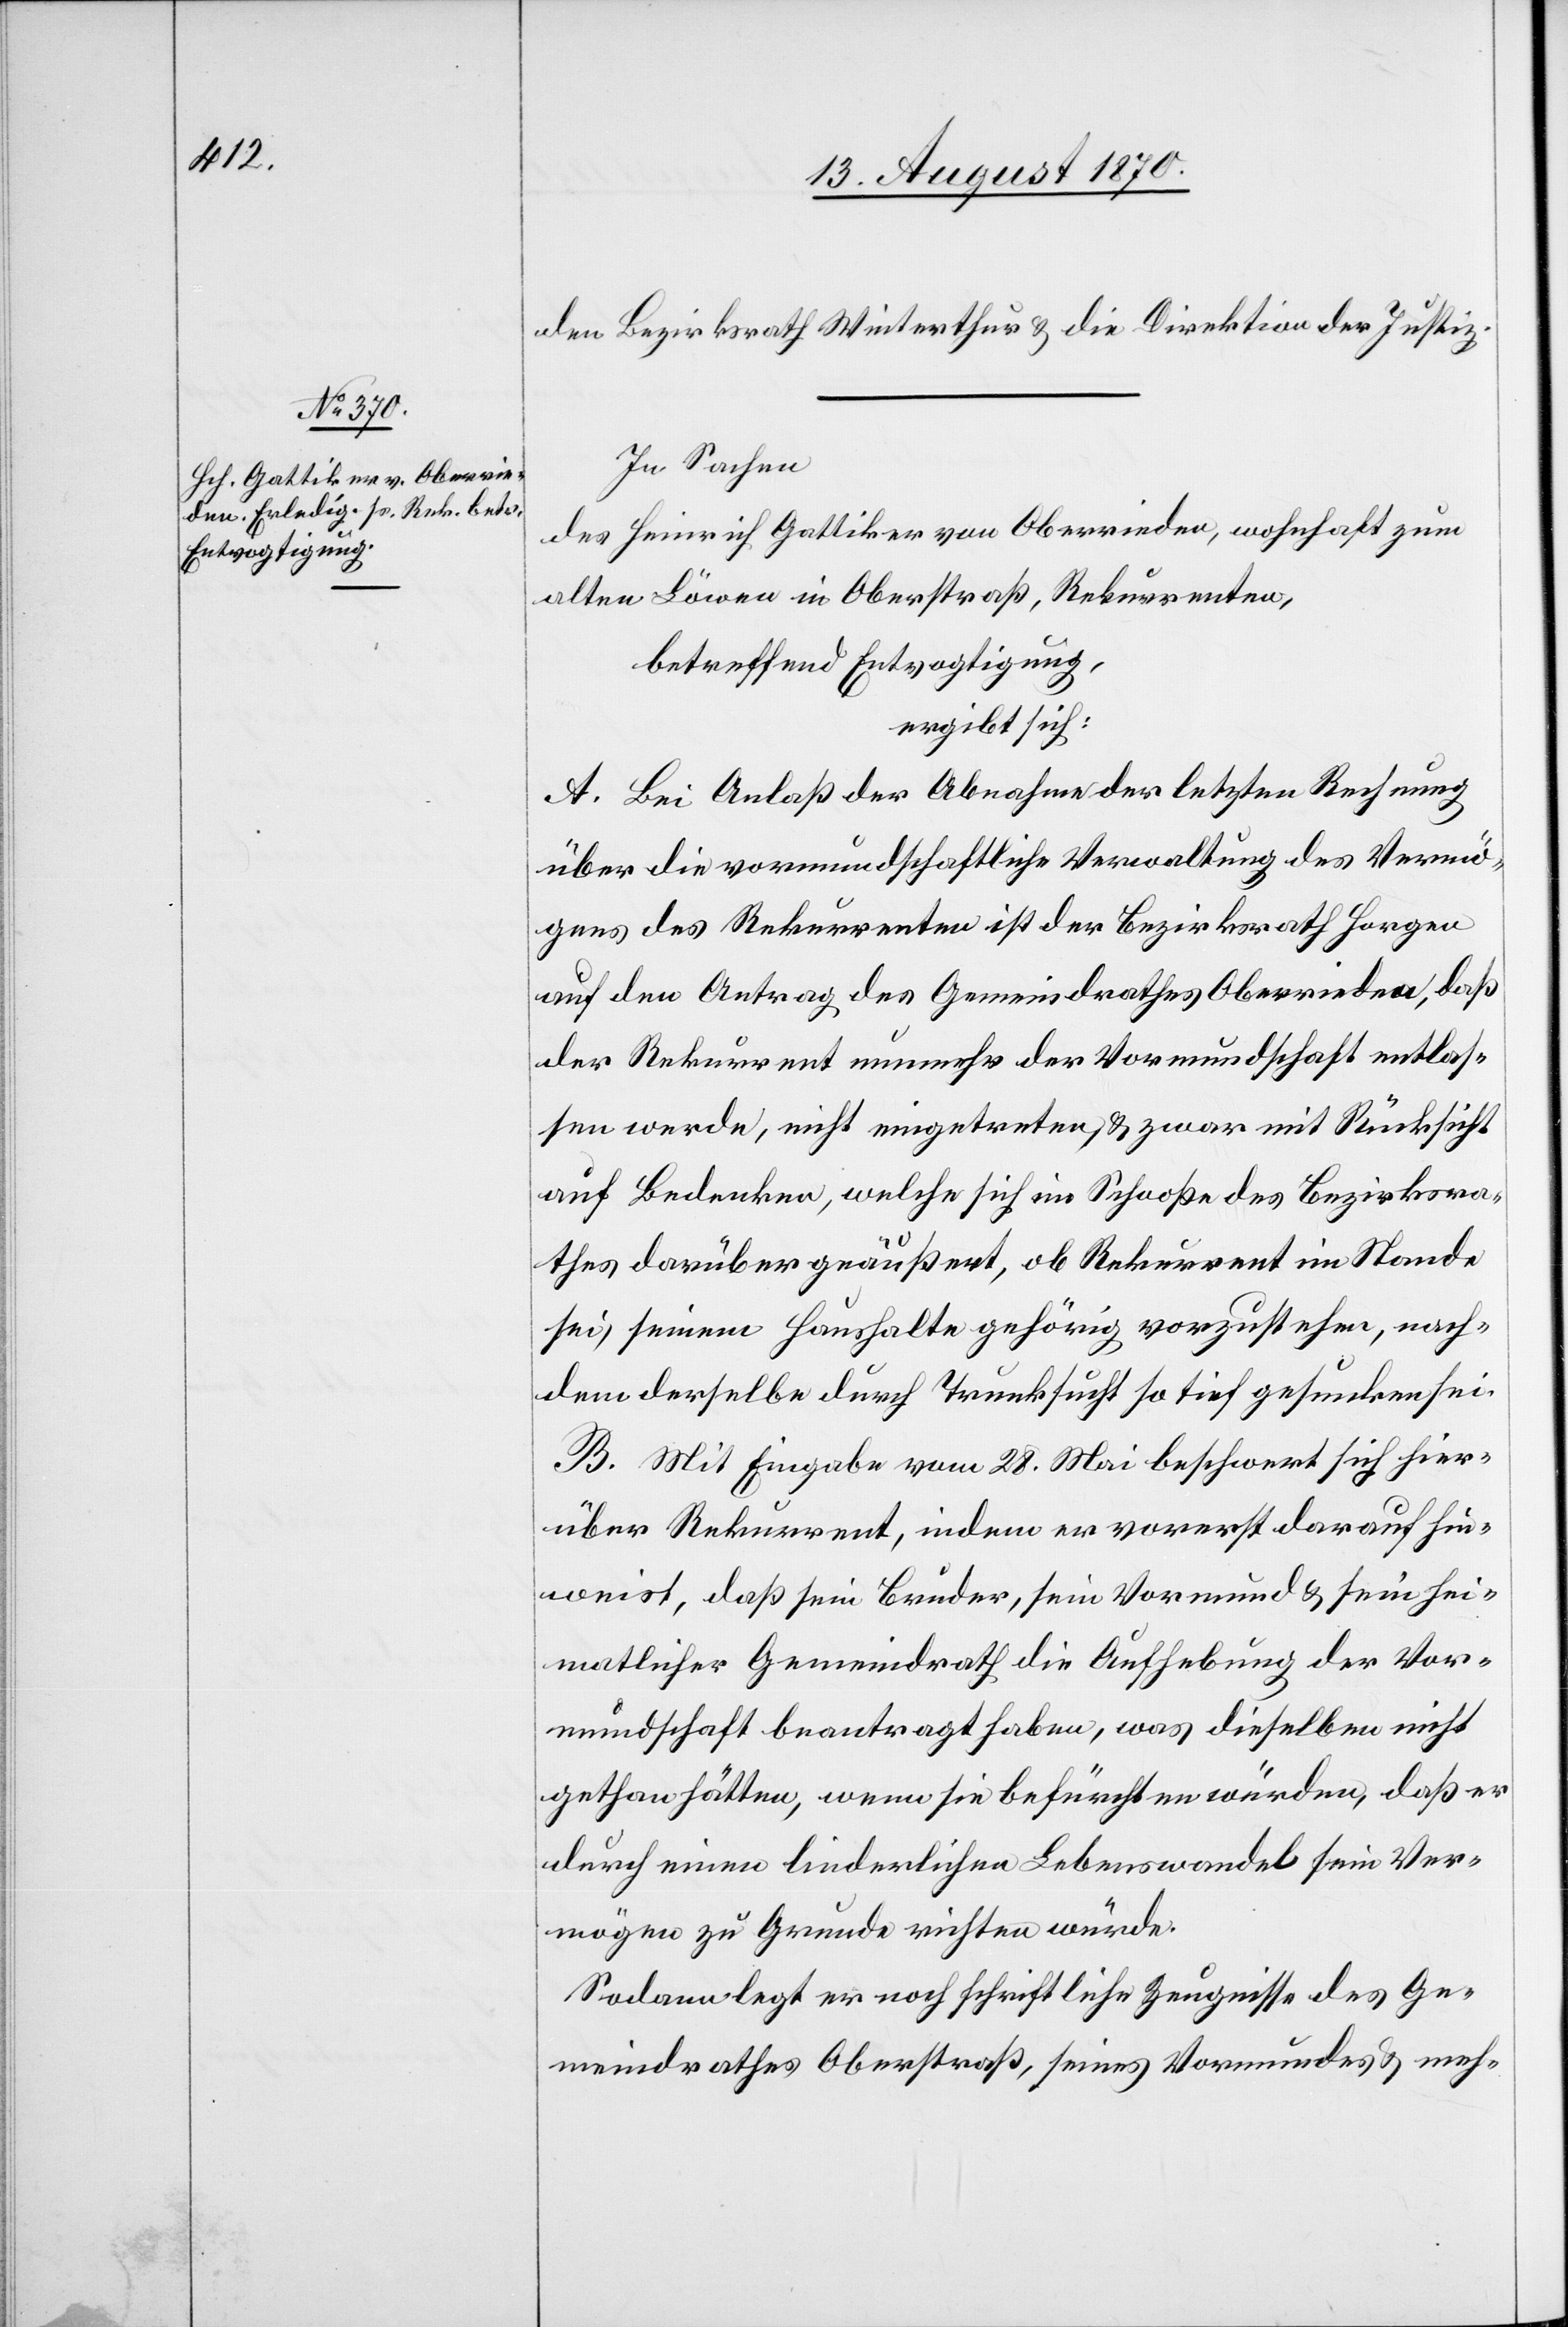
den Bezirksrath Winterthur & die Direktion der Justiz.
In Sachen
des Heinrich Gattiker von Oberrieden, wohnhaft zum
alten Löwen in Oberstraß, Rekurrenten,
betreffend Entvogtigung,
ergibt sich:
A. Bei Anlaß der Abnahme der letzten Rechnung
über die vormundschaftliche Verwaltung des Vermö¬
gens des Rekurrenten ist der Bezirksrath Horgen
auf den Antrag des Gemeindrathes Oberrieden, daß
der Rekurrenten nunmehr der Vormundschaft entlas¬
sen werde, nicht eingetreten, & zwar mit Rücksicht
auf Bedenken, welche sich im Schooße des Bezirksra¬
thes darüber geäußert, ob Rekurrent im Stande
sei, seinem Haushalte gehörig vorzustehen, nach¬
dem derselbe durch Trunksucht so tief gesunken sei.
B. Mit Eingabe vom 28. Mai beschwert sich hier¬
über Rekurrent, indem er vorerst darauf hin¬
weist, daß sein Bruder, sein Vormund & sein hei¬
matlicher Gemeindrath die Aufhebung der Vor¬
mundschaft beantragt haben, was dieselben nicht
gethan hätten, wenn sie befürchten würden, daß er
durch einen liederlichen Lebenswandel sein Ver¬
mögen zu Grunde richten würde.
Sodann legt er noch schriftliche Zeugnisse des Ge¬
meindrathes Oberstraß, seines Vormundes & meh-